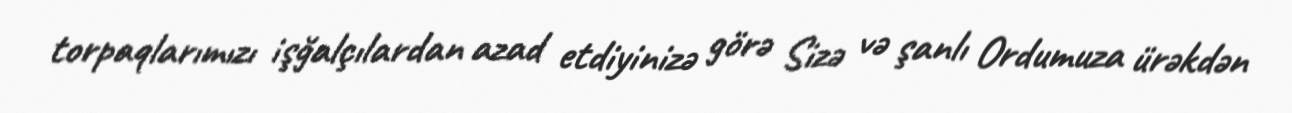
torpaqlarımızı işğalçılardan azad etdiyinizə görə Sizə və şanlı Ordumuza ürəkdən